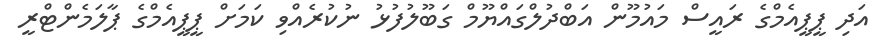
އަދި ޕީޕީއެމްގެ ރައީސް މައުމޫން އަބްދުލްގައްޔޫމް ގަބޫލުފުޅު ނުކުރެއްވި ކަމަށް ޕީޕީއެމްގެ ޕާލަމެންޓްރީ